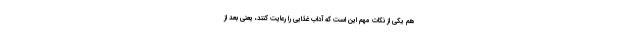
هم یکی از نکات مهم این است که آداب غذایی را رعایت کنند، یعنی بعد از